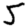
Digit: 5